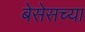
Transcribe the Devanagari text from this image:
बेसेसच्या